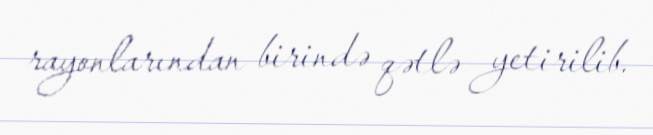
rayonlarından birində qətlə yetirilib.